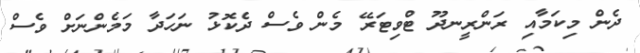
ދެން މިކަމާއި ރަންރީނދޫ ޓްވިޓަރޭ މެން ވެސް ދެކޮޅު ނަހަދާ މަމެންނަށް ވެސް